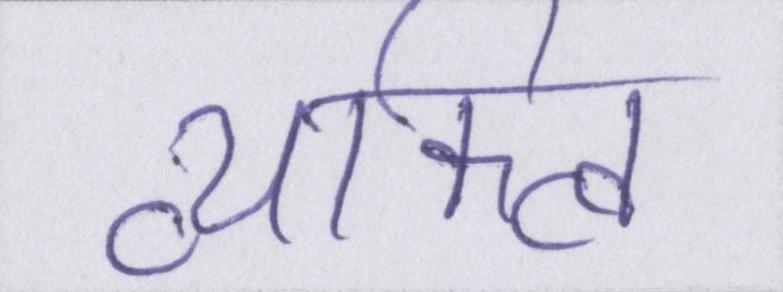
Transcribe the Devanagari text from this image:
व्यक्त्वि